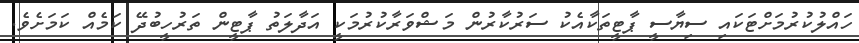
ހައްލުކުރުމަށްޓަކައި ސިޔާސީ ޕާޓީތަކާއެކު ސަރުކާރުން މަޝްވަރާކުރުމަކީ އަދާލަތު ޕާޓީން ތަރުހީބުދޭ ކަމެއް ކަމަށެވެ.